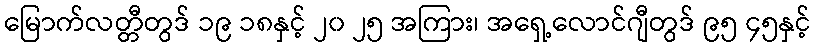
မြောက်လတ္တီတွဒ် ၁၉ ၁၈နှင့် ၂၀ ၂၅ အကြား၊ အရှေ့လောင်ဂျီတွဒ် ၉၅ ၄၅နှင့်